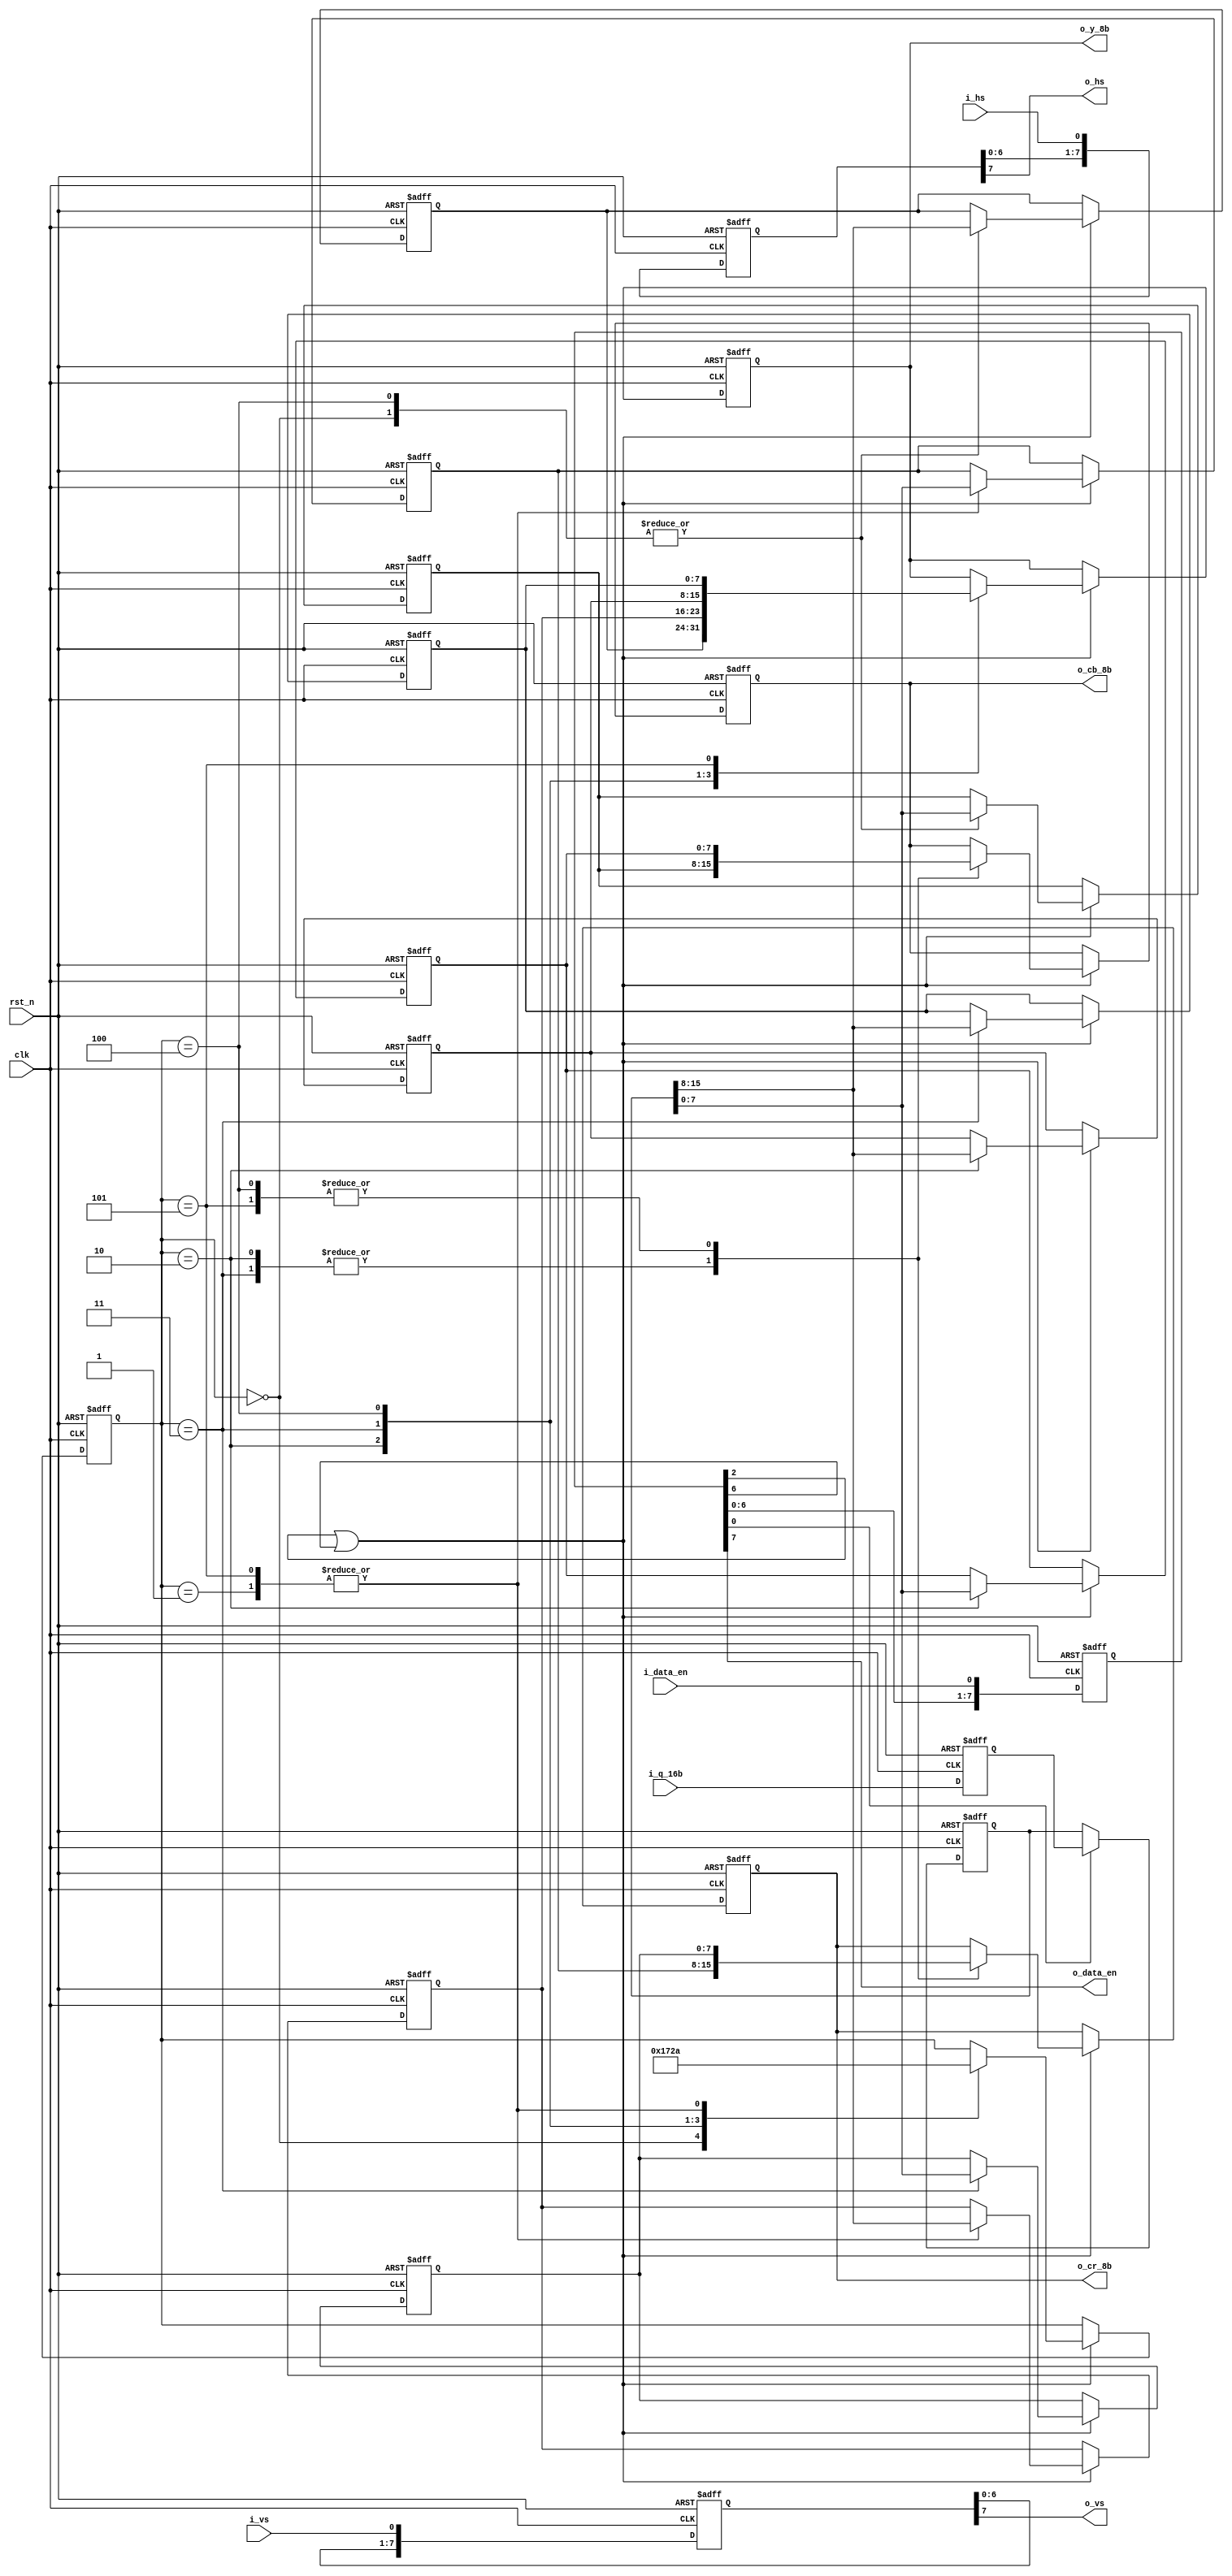
// Y1U1Y2V1Y3U3Y4V3 --> Y1U1V1 Y2U1V1 Y3U3V3 Y4U3V3 
`timescale 1 ns / 1 ps
module ALGO_yuv422_2yuv444(
	clk,
	rst_n,
	i_vs,
	i_hs,
	i_q_16b,
	i_data_en,
	o_y_8b,
	o_cb_8b,
	o_cr_8b,
	o_vs,
	o_hs,
	o_data_en
);

input clk;
(* keep = "true" *)input rst_n;
(* keep = "true" *)input[15:0] i_q_16b;
(* keep = "true" *)input i_vs;
(* keep = "true" *)input i_hs;
(* keep = "true" *)input i_data_en;
output reg [7:0] o_y_8b;
output reg [7:0] o_cb_8b;
output reg [7:0] o_cr_8b;
(* keep = "true" *)output o_vs;
(* keep = "true" *)output o_hs;
(* keep = "true" *)output o_data_en;

reg [7:0] o_data_en_temp;
wire pro_data_en = o_data_en_temp[2] || o_data_en_temp[6];
reg [7:0] i_y1, i_y2, i_y3, i_y4;
reg [7:0] i_cb_1, i_cb_3;
reg [7:0] i_cr_1, i_cr_3;
reg [2:0] pro_state;
reg [15:0] i_q_16b_temp1;
reg [15:0] i_q_16b_temp2;

always @ (posedge clk or negedge rst_n) begin
	if(!rst_n) 
		i_q_16b_temp1 <= 0;
	else begin
		i_q_16b_temp1 <= i_q_16b;
	end
end

always @ (posedge clk or negedge rst_n) begin
	if(!rst_n) 
		i_q_16b_temp2 <= 0;
	else if(o_data_en_temp[0])
		i_q_16b_temp2 <= i_q_16b_temp1;
	else
		i_q_16b_temp2 <= i_q_16b_temp2;
end

always @ (posedge clk or negedge rst_n) begin
	if(!rst_n) begin
		pro_state <= 0;
		{i_y1, i_cb_1, i_cr_1} <= {8'h0, 8'h0, 8'h0};
		i_y2 <= 0;
		{i_y3, i_cb_3, i_cr_3} <= {8'h0, 8'h0, 8'h0};
		i_y4 <= 0;
		{o_y_8b, o_cb_8b, o_cr_8b} <= {8'h0, 8'h0, 8'h0};
	end
	else if(pro_data_en) begin
		case(pro_state)
			3'd0:	begin
						pro_state <= 3'd1;
						{i_y1, i_cb_1} <= i_q_16b_temp2;
					end
			3'd1:	begin
						pro_state <= 3'd2;
						{i_y2, i_cr_1} <= i_q_16b_temp2;
					end
			3'd2:	begin
						pro_state <= 3'd3;
						{i_y3, i_cb_3} <= i_q_16b_temp2;
						{o_y_8b, o_cb_8b, o_cr_8b} <= {i_y1, i_cb_1, i_cr_1};
					end
			3'd3:	begin
						pro_state <= 3'd4;
						{i_y4, i_cr_3} <= i_q_16b_temp2;
						{o_y_8b, o_cb_8b, o_cr_8b} <= {i_y2, i_cb_1, i_cr_1};
					end
			3'd4:	begin
						pro_state <= 3'd5;
						{i_y1, i_cb_1} <= i_q_16b_temp2;
						{o_y_8b, o_cb_8b, o_cr_8b} <= {i_y3, i_cb_3, i_cr_3};
					end
			3'd5:	begin
						pro_state <= 3'd2;
						{i_y2, i_cr_1} <= i_q_16b_temp2;
						{o_y_8b, o_cb_8b, o_cr_8b} <= {i_y4, i_cb_3, i_cr_3};
					end
			default:begin
						pro_state <= pro_state;
						{i_y1, i_cb_1, i_cr_1} <= {i_y1, i_cb_1, i_cr_1};
						i_y2 <= i_y2;
						{i_y3, i_cb_3, i_cr_3} <= {i_y3, i_cb_3, i_cr_3};
						i_y4 <= i_y4;
						{o_y_8b, o_cb_8b, o_cr_8b} <= {o_y_8b, o_cb_8b, o_cr_8b};
					end
		endcase
	end
	else begin
		pro_state <= pro_state;
		{i_y1, i_cb_1, i_cr_1} <= {i_y1, i_cb_1, i_cr_1};
		i_y2 <= i_y2;
		{i_y3, i_cb_3, i_cr_3} <= {i_y3, i_cb_3, i_cr_3};
		i_y4 <= i_y4;
		{o_y_8b, o_cb_8b, o_cr_8b} <= {o_y_8b, o_cb_8b, o_cr_8b};
	end
end

always @ (posedge clk or negedge rst_n) begin
	if(!rst_n) 
		o_data_en_temp <= 0;
	else
		o_data_en_temp	<= {o_data_en_temp[6:0], i_data_en};		
end

assign o_data_en = o_data_en_temp[7];
//**************************************************************************************************************************************************************
reg [7:0] o_vs_temp;
always @ (posedge clk or negedge rst_n) begin
	if(!rst_n) begin
		o_vs_temp <= 0;
	end
	else begin
		o_vs_temp <= {o_vs_temp[6:0], i_vs};
	end               
end
assign o_vs = o_vs_temp[7]; 
//**************************************************************************************************************************************************************
reg [7:0] o_hs_temp;
always @ (posedge clk or negedge rst_n) begin
	if(!rst_n) begin
		o_hs_temp <= 0;
	end
	else begin
		o_hs_temp <= {o_hs_temp[6:0], i_hs};
	end               
end
assign o_hs = o_hs_temp[7]; 

endmodule